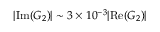
| \mathrm { I m } ( G _ { 2 } ) | \sim 3 \times 1 0 ^ { - 3 } | \mathrm { R e } ( G _ { 2 } ) |